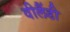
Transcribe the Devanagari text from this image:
वीलैंडी